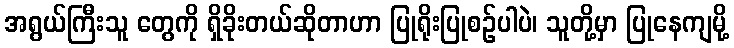
အရွယ်ကြီးသူ တွေကို ရှိခိုးတယ်ဆိုတာဟာ ပြုရိုးပြုစဉ်ပါပဲ၊ သူတို့မှာ ပြုနေကျမို့